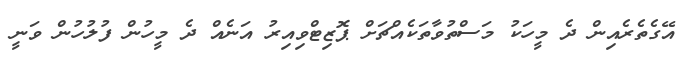
އޭގެތެރެއިން ދެ މީހަކު މަސްތުވާތަކެއްޗަށް ޕޮޒިޓްވިއިރު އަނެއް ދެ މީހުން ފުލުހުން ވަނީ